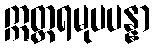
ဣတ္တရမုပပန္နာ